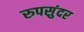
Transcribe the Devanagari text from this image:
रुपसुंदर